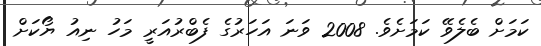
ކަމަށް ބެލެވޭ ކަމަށެވެ. 2008 ވަނަ އަހަރުގެ ފެބްރުއަރީ މަހު ނިއު ޔޯކަށް